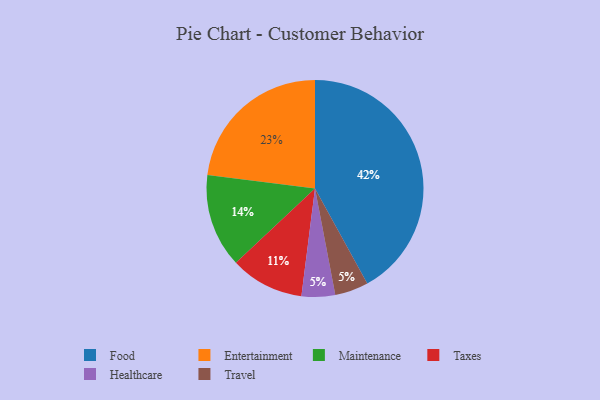
{"axis": {"x": "Category", "y": "Percentage"}, "legend": ["Entertainment", "Food", "Healthcare", "Maintenance", "Taxes", "Travel"], "data": [{"x": "Entertainment", "y": 23, "type": "Entertainment"}, {"x": "Food", "y": 42, "type": "Food"}, {"x": "Maintenance", "y": 14, "type": "Maintenance"}, {"x": "Healthcare", "y": 5, "type": "Healthcare"}, {"x": "Travel", "y": 5, "type": "Travel"}, {"x": "Taxes", "y": 11, "type": "Taxes"}]}